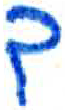
אות: ך